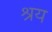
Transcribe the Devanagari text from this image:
श्रय